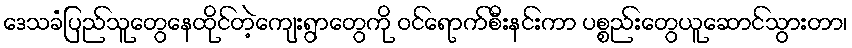
ဒေသခံပြည်သူတွေနေထိုင်တဲ့ကျေးရွာတွေကို ဝင်ရောက်စီးနင်းကာ ပစ္စည်းတွေယူဆောင်သွားတာ၊